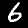
Label: 6